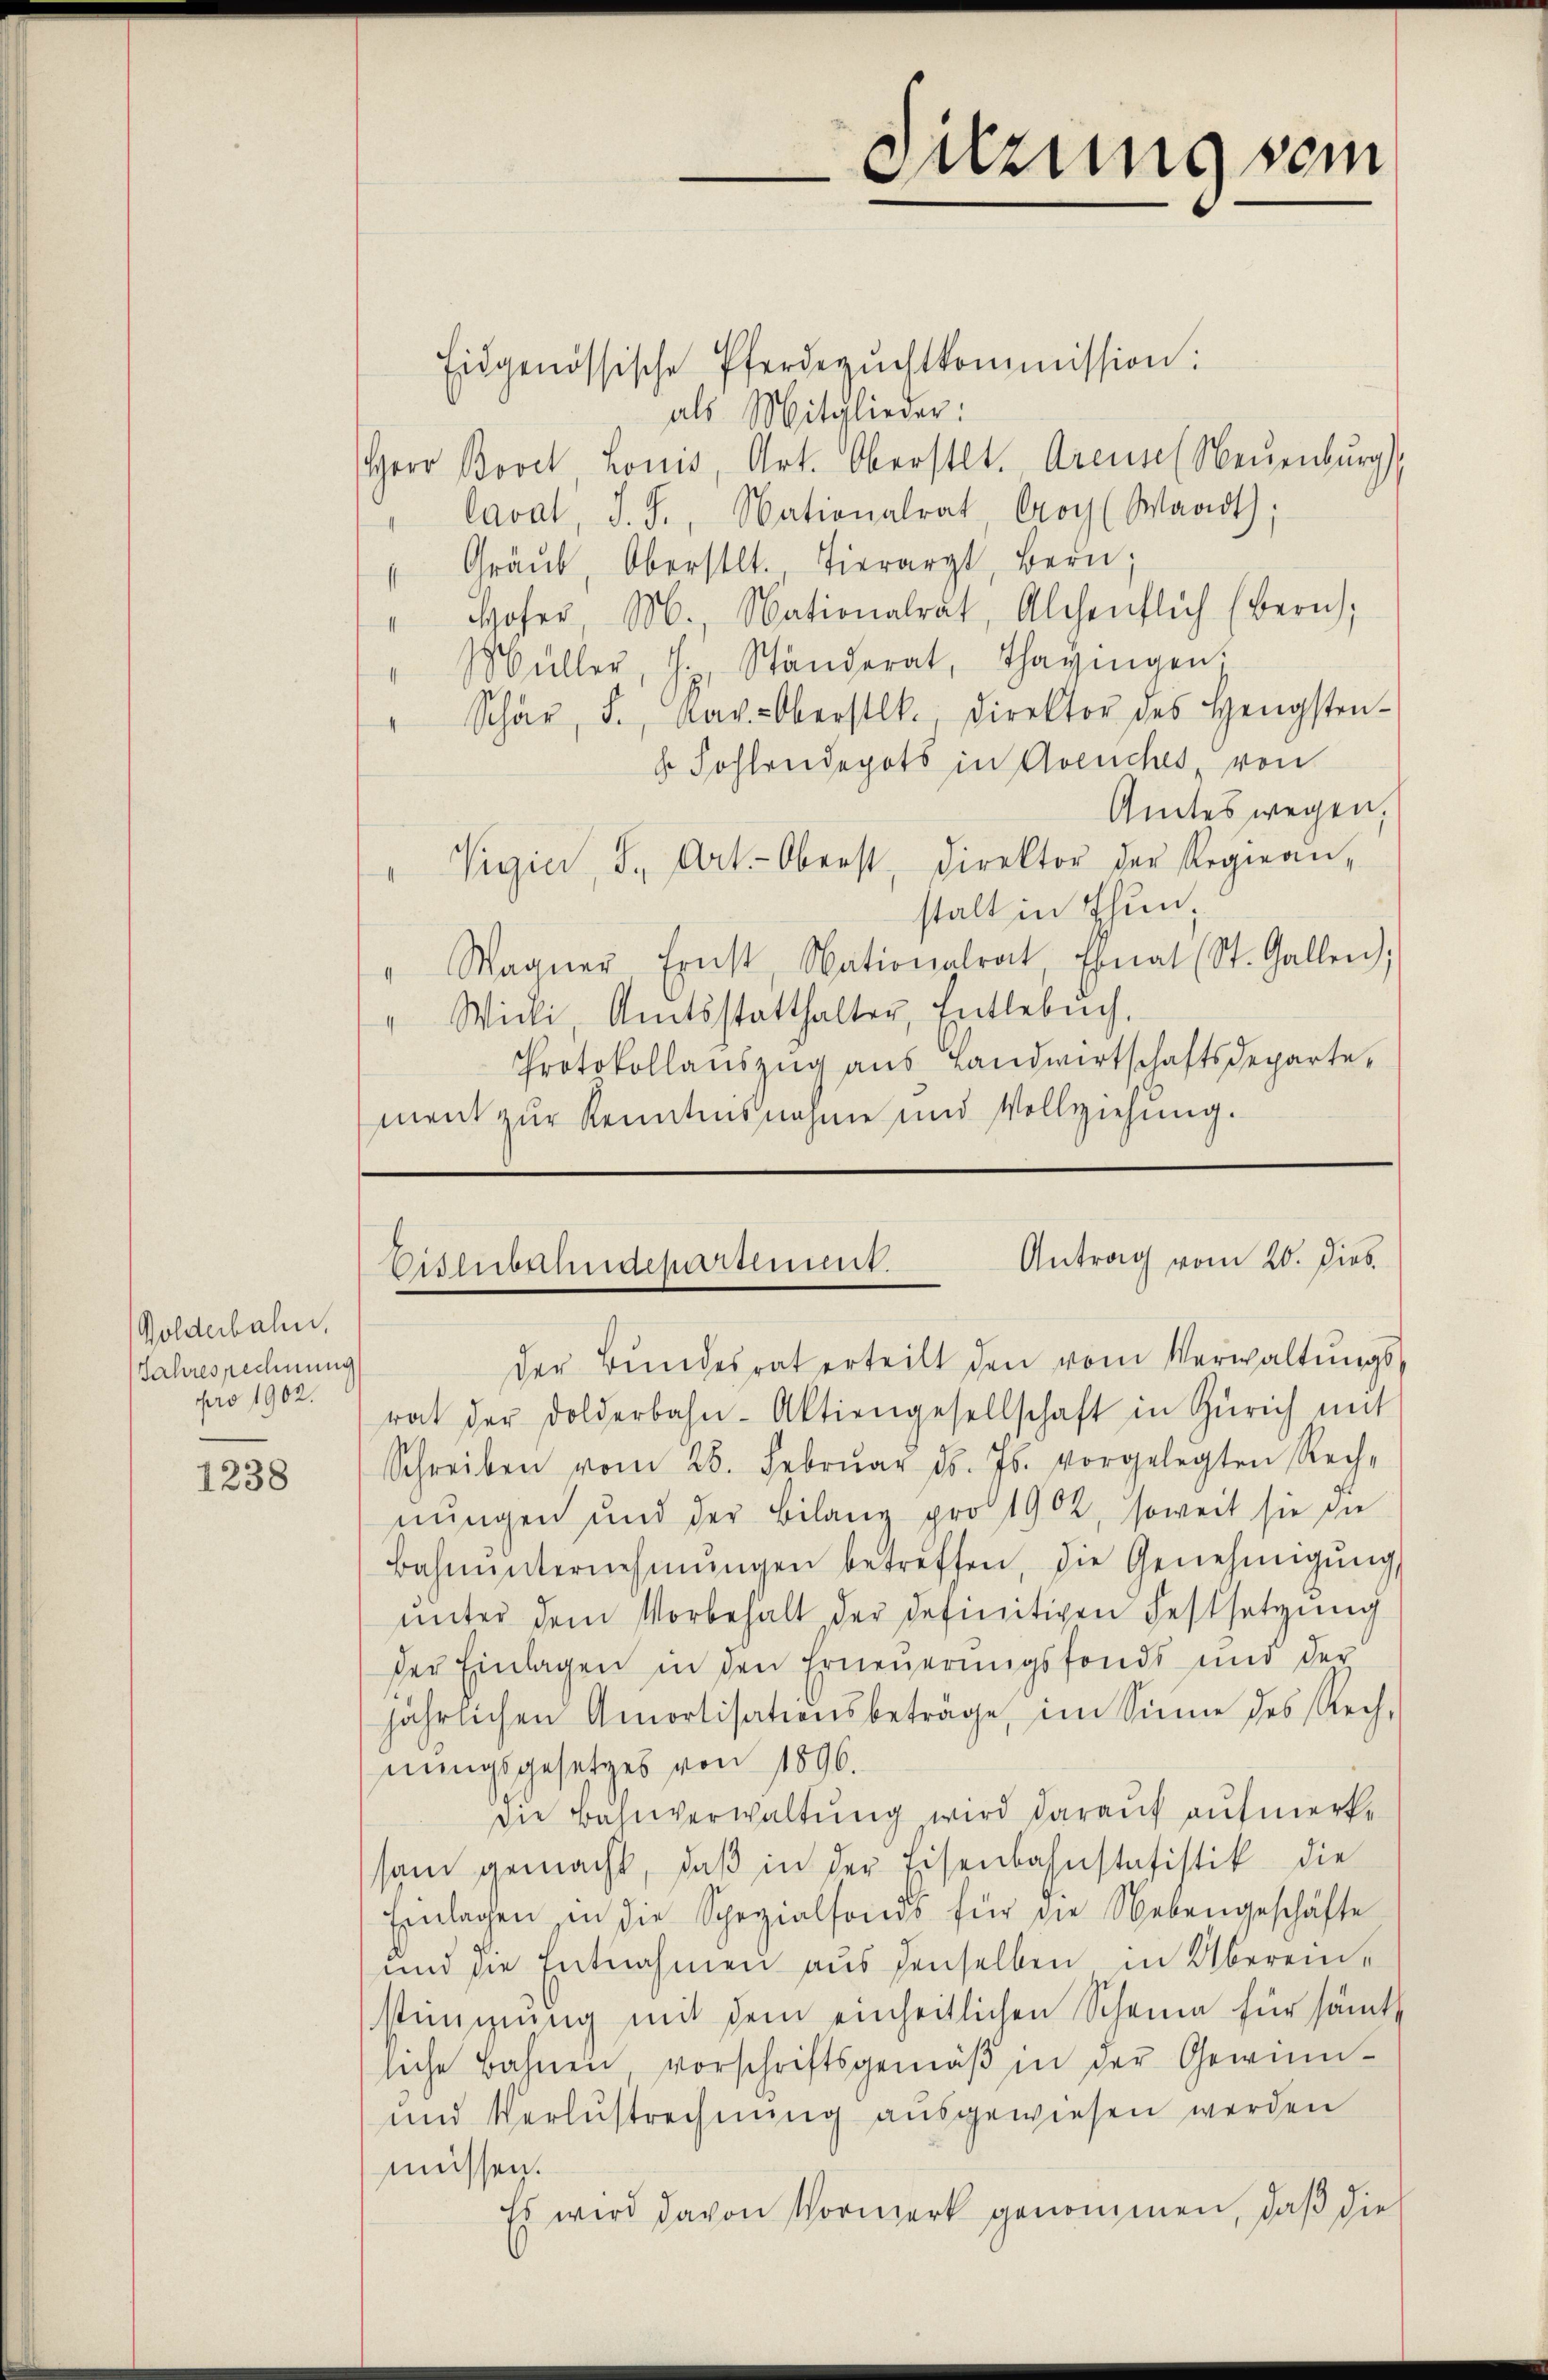
Golderbahn,
Jahresrechnung
pro 1902.

1238

Eidgenössische Pferdezŭchtkommission:
als Mitglieder:
Herr Bovet Louis, Art. Oberstl. Arensel Neuenburg
Caval, J. J., Nationalrat Croy (Waadt;
" Gräŭb, Oberstl. Tierart, Bern;
" Hoher M. Nationalrat, Alchenflich (Bern,
Müller, H. Ständerat, Thagingen.
Schär F., Rav. Oberstlk., Direktor des Hengsten-
 Fohlreidepots in Avenches von
Amtes wegen,
Vigier, S. Art. Oberst Direktor der Regien-
4
stalt in Thun,
" Wagner Ernst, Nationalrat, Ehnat (St. Gallen;
Wicki, Amtsstatthalter, Entlebuch,
Protokollauszug aus Landwirtschaftsdeparte,
ment zur Kenntnisnahme und Vollziehung.

Süzung sein

Antrag vom 20. Dieb
Eisenbahndepartemmt.

der Bŭndesrat erteilt den vom Verwaltŭngs-
rat der Dolderbahn-Aktiengesellschaft in Zürich mit
Schreiben vom 28. Febrŭar d. Js. vorgelegten Rech-
nungen und der Bilanz pro 1902, soweit sie die
Bahnŭnternehmungen betreffen, die Genehmigŭng
unter dem Vorbehalt der definitiven Festsetzung
der Einlagen in den Erneuerungsfonds und der
jährlichen Amortisationsbeträge, im Sinne des Rech-
nungsgesetzes von 1896.
die Bahnverwaltung wird darauf aufmerksam gemacht, daβ in der Eisenbahnstatistik die
Einlagen in die Spezialfonds für die Nebengeschäfte
und die Entnahmen aus denselben in Überein,
stimmung mit dem einheitlichen Scheine für sämtl
liche Bahnen vorschriftsgemäβ in der Gewin-
und Verlustrechnung ausgewiesen werden
müssen.
Es wird davon Vormerk genommen, daß dies